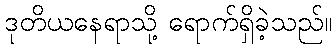
ဒုတိယနေရာသို့ ရောက်ရှိခဲ့သည်။